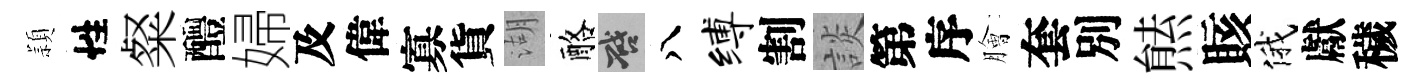
頴性粲醴婦及偉寡貨湖酪啓八缚割談第序膾套別㷱賅俄獻穢